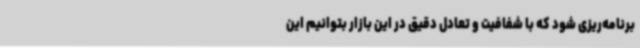
برنامه‌ریزی شود که با شفافیت و تعادل دقیق در این بازار بتوانیم این